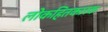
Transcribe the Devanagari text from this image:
लोकहितकारक